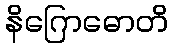
နိဂြောဓောတိ